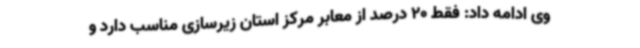
وی ادامه داد: فقط 20 درصد از معابر مرکز استان زیرسازی مناسب دارد و